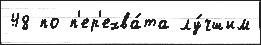
48 по п'ер'ехва́та лу́чшим